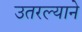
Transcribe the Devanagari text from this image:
उतरल्याने